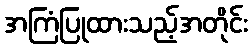
အကြံပြုထားသည့်အတိုင်း